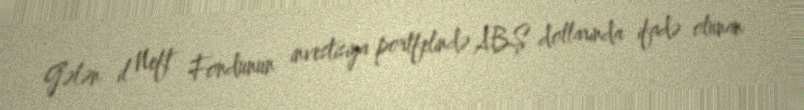
Gələn il Neft Fondunun investisiya portfelində ABŞ dollarında ifadə olunan